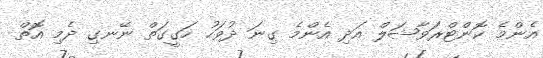
އެންމެ ކޮންޓްރަވާޝަލް އަދި އެންމެ ގިނަ ދުވަހު ހަގީގަތް ނޭނގި ދެމި އޮތް